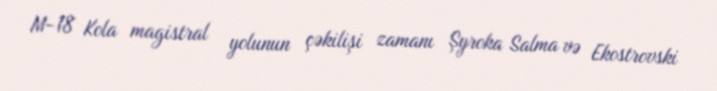
M-18 Kola magistral yolunun çəkilişi zamanı Şyroka Salma və Ekostrovski